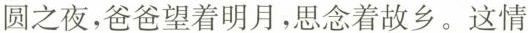
圆之夜，爸爸望着明月，思念着故乡。这情